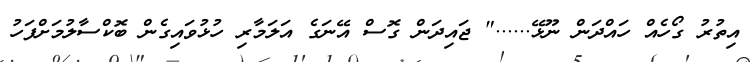
އިތުރު ގޯހެއް ހައްދަން ނޫޅޭ......" ޖައިދަން ގޮސް އޭނަގެ އަލަމާރި ހުޅުވައިގެން ބޮކްސާލުމަށްފަހު